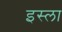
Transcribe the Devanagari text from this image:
इस्‍ला